Lunatic asylums Central Provinces reports 1874-1885 - 1874-1885
Year: 1874
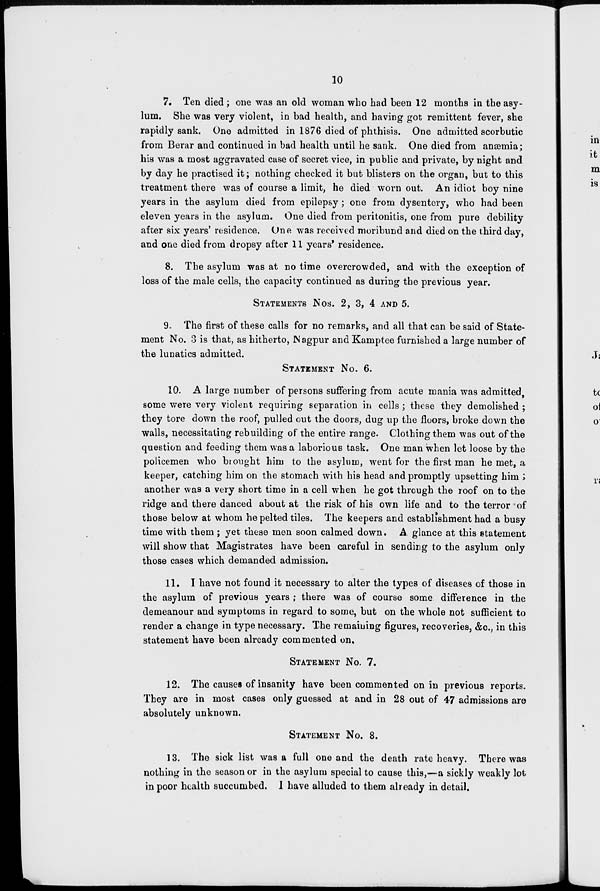
10
7. Ten died ; one was an old woman who had been 12 months in the asy-
lum. She was very violent, in bad health, and having got remittent fever, she
rapidly sank. One admitted in 1876 died of phthisis. One admitted scorbutic
from Berar and continued in bad health until he sank. One died from anæmia;
his was a most aggravated case of secret vice, in public and private, by night and
by day he practised it; nothing checked it but blisters on the organ, but to this
treatment there was of course a limit, he died worn out. An idiot boy nine
years in the asylum died from epilepsy; one from dysentery, who had been
eleven years in the asylum. One died from peritonitis, one from pure debility
after six years' residence. One was received moribund and died on the third day,
and one died from dropsy after 11 years' residence.
8. The asylum was at no time overcrowded, and with the exception of
loss of the male cells, the capacity continued as during the previous year.
STATEMENTS NOS. 2, 3, 4 AND 5.
9. The first of these calls for no remarks, and all that can be said of State-
ment No. 3 is that, as hitherto, Nagpur and Kamptee furnished a large number of
the lunatics admitted.
STATEMENT No. 6.
10. A large number of persons suffering from acute mania was admitted,
some were very violent requiring separation in cells ; these they demolished ;
they tore down the roof, pulled out the doors, dug up the floors, broke down the
walls, necessitating rebuilding of the entire range. Clothing them was out of the
question and feeding them was a laborious task. One man when let loose by the
policemen who brought him to the asylum, went for the first man he met, a
keeper, catching him on the stomach with his head and promptly upsetting him ;
another was a very short time in a cell when he got through the roof on to the
ridge and there danced about at the risk of his own life and to the terror of
those below at whom he pelted tiles. The keepers and establishment had a busy
time with them ; yet these men soon calmed down. A glance at this statement
will show that Magistrates have been careful in sending to the asylum only
those cases which demanded admission.
11. I have not found it necessary to alter the types of diseases of those in
the asylum of previous years ; there was of course some difference in the
demeanour and symptoms in regard to some, but on the whole not sufficient to
render a change in type necessary. The remaining figures, recoveries, &c., in this
statement have been already commented on.
STATEMENT No. 7.
12. The causes of insanity have been commented on in previous reports.
They are in most cases only guessed at and in 28 out of 47 admissions are
absolutely unknown.
STATEMENT No. 8.
13. The sick list was a full one and the death rate heavy. There was
nothing in the season or in the asylum special to cause this,—a sickly weakly lot
in poor health succumbed. I have alluded to them already in detail.